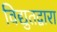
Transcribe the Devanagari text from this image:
विद्युतद्वारा